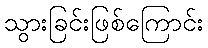
သွားခြင်းဖြစ်ကြောင်း